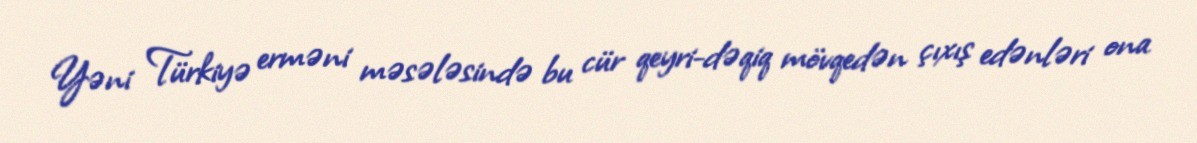
Yəni Türkiyə erməni məsələsində bu cür qeyri-dəqiq mövqedən çıxış edənləri ona